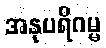
အနုပရိဂမ္မ